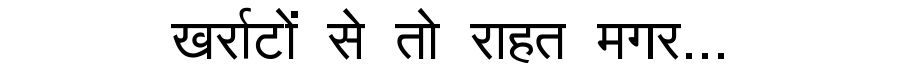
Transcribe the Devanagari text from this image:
खर्राटों से तो राहत मगर...